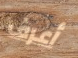
أعرف